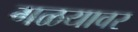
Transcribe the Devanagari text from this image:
गळयावर